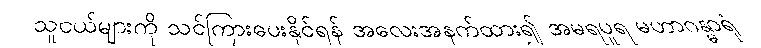
သူငယ်များကို သင်ကြားပေးနိုင်ရန် အလေးအနက်ထား၍ အမရပူရ မဟာဂန္ဓာရုံ